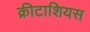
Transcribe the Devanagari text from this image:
क्रीटाशियस